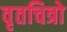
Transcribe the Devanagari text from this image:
वृतचित्रो